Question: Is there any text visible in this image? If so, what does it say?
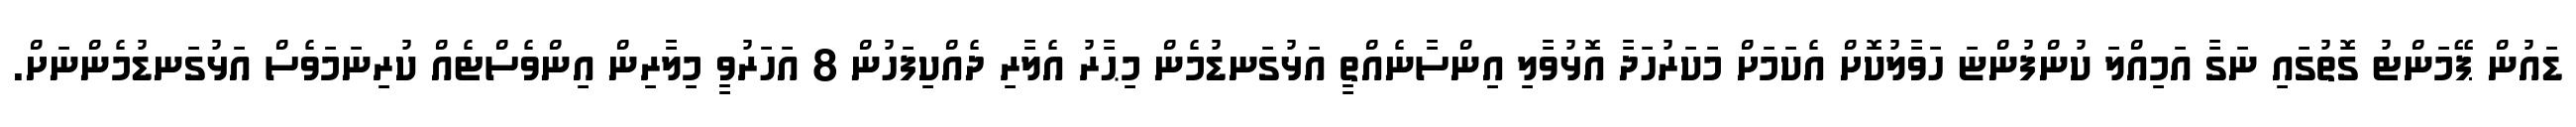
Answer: ޑައުން ޕޭމަންޓު ގޮތުގައި ނަގާ އަމިއްލަ ކުންފުންޏަ ހަވާލުކޮށް އެކަމަށް މަކަރުހަދާ އޮޅުވާލި އިންސާނެއްތީ އަޅުގަނޑުމެން މިޙާރު އެލާރި ދެއްކިފަހުން 8 އަހަރުވީ މިލާރިން އިންވެސްޓެއް ކުރިނަމަވެސް އަޅުގަނޑުމެންނަށް.